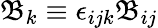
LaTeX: \mathfrak{B}_{k}\equiv\epsilon_{ijk}\mathfrak{B}_{ij}